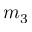
m _ { 3 }